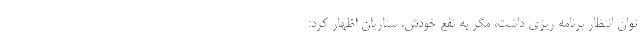
توان انتظار برنامه ریزی داشت، مگر به نفع خودش. ستاریان اظهار کرد: